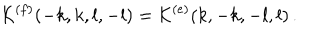
LaTeX: { \cal K } ^ { ( f ) } ( - k , k , l , - l ) = { \cal K } ^ { ( e ) } ( k , - k , - l , l ) \, .